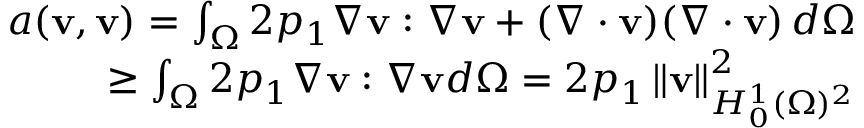
\begin{array} { r l r } & { } & { a ( \mathbf { v } , \mathbf { v } ) = \int _ { \Omega } 2 p _ { 1 } \nabla \mathbf { v } : \nabla \mathbf { v } + ( \nabla \cdot \mathbf { v } ) ( \nabla \cdot \mathbf { v } ) \, d \Omega } \\ & { } & { \geq \int _ { \Omega } 2 p _ { 1 } \nabla \mathbf { v } : \nabla \mathbf { v } d \Omega = 2 p _ { 1 } \left\lVert \mathbf { v } \right\rVert _ { H _ { 0 } ^ { 1 } ( \Omega ) ^ { 2 } } ^ { 2 } } \end{array}